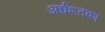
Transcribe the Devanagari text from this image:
अर्धशतका